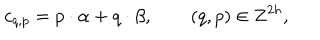
c _ { q , p } = { p } \cdot { \alpha } + { q } \cdot { \beta } , \qquad ( q , p ) \in { \bf Z } ^ { 2 h } ,